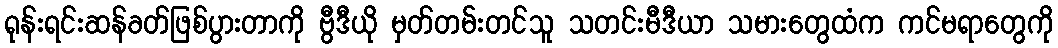
ရုန်းရင်းဆန်ခတ်ဖြစ်ပွားတာကို ဗွီဒီယို မှတ်တမ်းတင်သူ သတင်းမီဒီယာ သမားတွေထံက ကင်မရာတွေကို